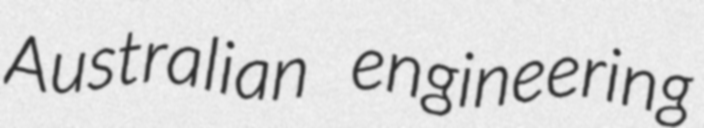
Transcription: Australian engineering